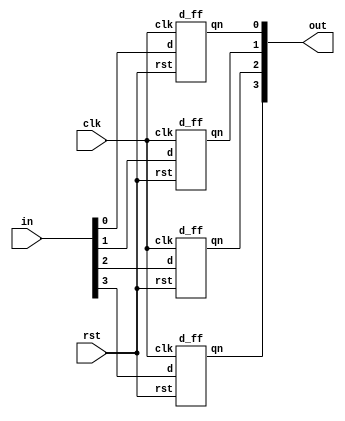
`timescale 1ns / 1ps
module PIPO(
    input [3:0] in,
    output [3:0] out,
    input rst,clk
    );
    d_ff dff1(.d(in[0]),.rst(rst),.clk(clk),.qn(out[0]));
    d_ff dff2(.d(in[1]),.rst(rst),.clk(clk),.qn(out[1]));
    d_ff dff3(.d(in[2]),.rst(rst),.clk(clk),.qn(out[2]));
    d_ff dff4(.d(in[3]),.rst(rst),.clk(clk),.qn(out[3]));
endmodule
module d_ff(rst,clk,d,qn,qn_bar);
input d,clk,rst; 
output qn,qn_bar; 
reg qn; 
always@(posedge clk) 
begin 
if(!rst)
qn=0;
else 
begin 
case(d) 
0:qn=1'b0; 
1:qn=d;
endcase
end
end
endmodule